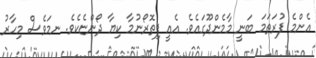
އެންމެ ފުރަތަމަ ބަނީ މާމެންދޫގައެވެ. އެއީ ފިތޮރޯނުމާ ކިޔާ ދޯންޏެކެވެ. ނމަވެސް މިހާރު